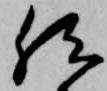
然